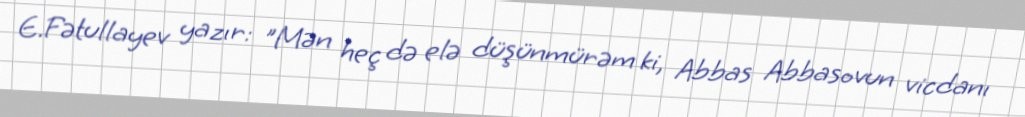
E.Fətullayev yazır: "Mən heç də elə düşünmürəm ki, Abbas Abbasovun vicdanı